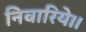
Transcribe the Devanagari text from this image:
निवारिये।।